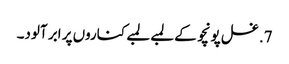
7. غسل پونچو کے لمبے لمبے کناروں پر ابر آلود۔